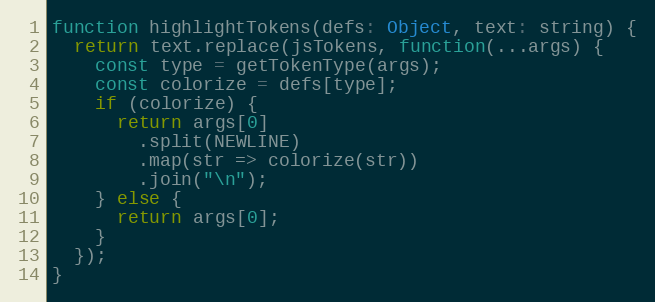
Language: JavaScript
function highlightTokens(defs: Object, text: string) {
  return text.replace(jsTokens, function(...args) {
    const type = getTokenType(args);
    const colorize = defs[type];
    if (colorize) {
      return args[0]
        .split(NEWLINE)
        .map(str => colorize(str))
        .join("\n");
    } else {
      return args[0];
    }
  });
}